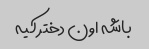
باشه اون دختر کیه